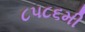
૮૫૮૬મી